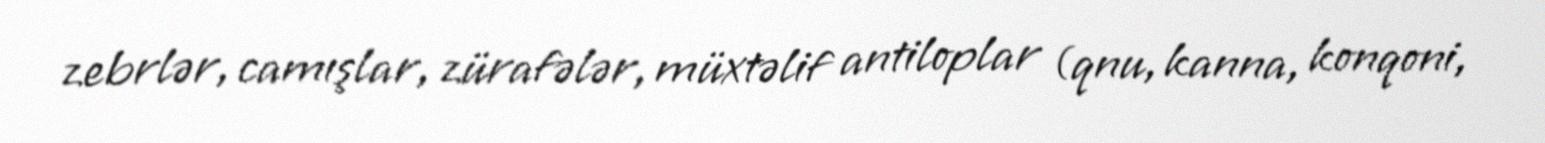
zebrlər, camışlar, zürafələr, müxtəlif antiloplar (qnu, kanna, konqoni,